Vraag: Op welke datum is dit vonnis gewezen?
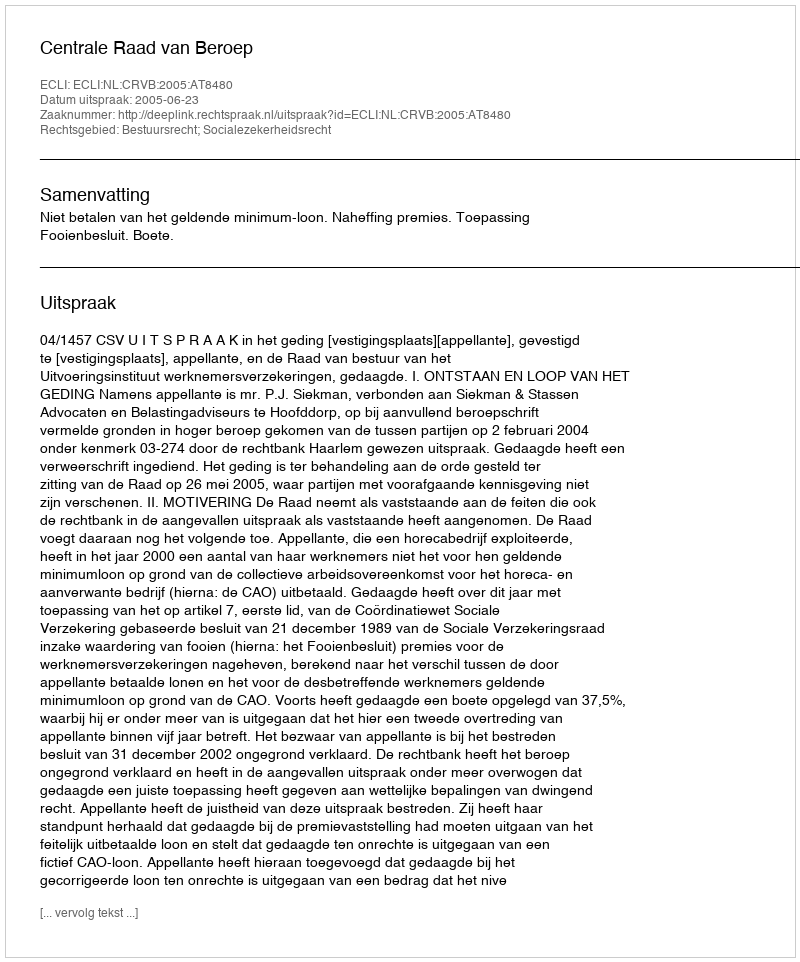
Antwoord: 2005-06-23